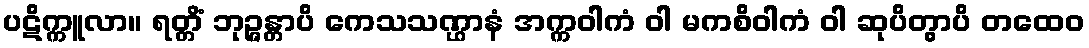
ပဋိက္ကူလာ။ ရတ္တိံ ဘုဉ္ဇန္တာပိ ကေသသဏ္ဌာနံ အက္ကဝါကံ ဝါ မကစိဝါကံ ဝါ ဆုပိတွာပိ တထေဝ